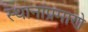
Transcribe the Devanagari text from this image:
स्थानांप्रमाणे